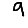
Digit: 9